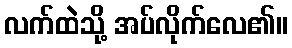
လက်ထဲသို့ အပ်လိုက်လေ၏။